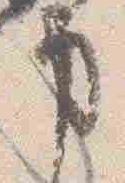
事